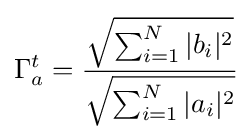
\Gamma _{a}^{t}={\frac {\sqrt {\sum _{i=1}^{N}|b_{i}|^{2}}}{\sqrt {\sum _{i=1}^{N}|a_{i}|^{2}}}}